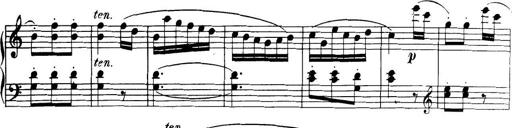
Title: 32 Sonatinas and Rondos for the Piano
Composer: Richard Kleinmichel